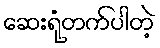
ဆေးရုံတက်ပါတဲ့